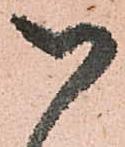
い